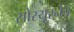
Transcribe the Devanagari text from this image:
सोस्यूरनेच